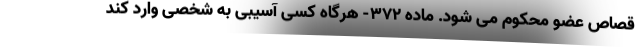
قصاص عضو محکوم می شود. ماده ۳۷۲- هرگاه کسی آسیبی به شخصی وارد کند